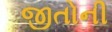
જીતોની